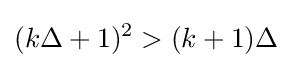
(k\Delta +1)^{2}>(k+1)\Delta